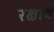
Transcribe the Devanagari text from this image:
रक्षार्थं